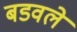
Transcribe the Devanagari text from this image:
बडवले